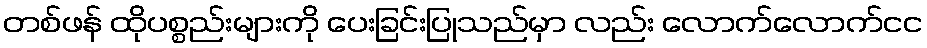
တစ်ဖန် ထိုပစ္စည်းများကို ပေးခြင်းပြုသည်မှာ လည်း လောက်လောက်ငင